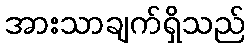
အားသာချက်ရှိသည်